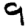
Digit: 9